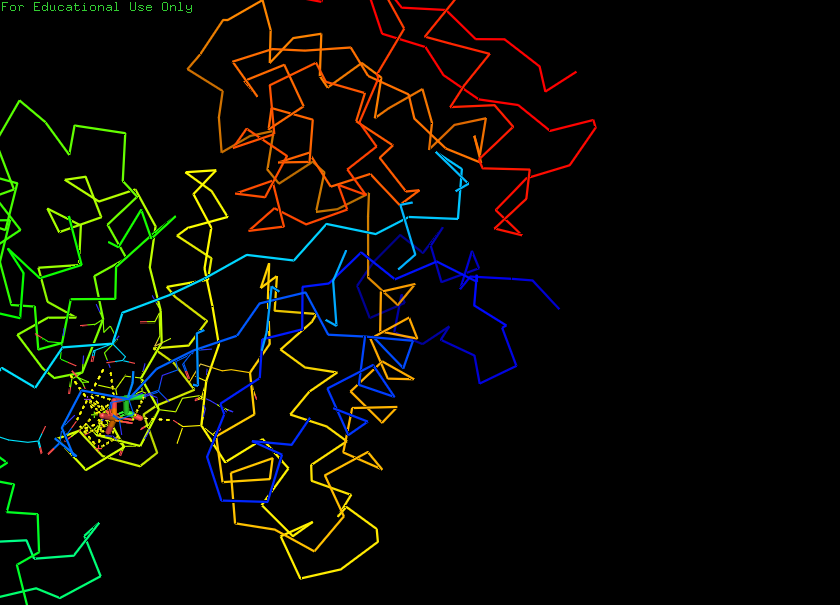
pymol, preset, ligands